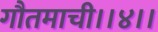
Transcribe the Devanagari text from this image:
गौतमाची।।४।।